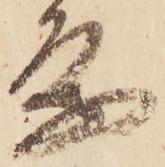
条